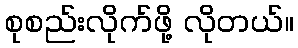
စုစည်းလိုက်ဖို့ လိုတယ်။